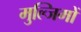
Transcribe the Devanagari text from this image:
मुल्जिमों